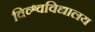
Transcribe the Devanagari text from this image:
विव्श्वविद्यालय